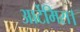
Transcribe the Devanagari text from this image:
आर्टेमिस।